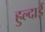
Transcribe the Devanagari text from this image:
हुल्दाई